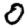
Digit: 0